Vaccine operations Central Provinces 1886-1899 - 1886-1899
Year: 1886
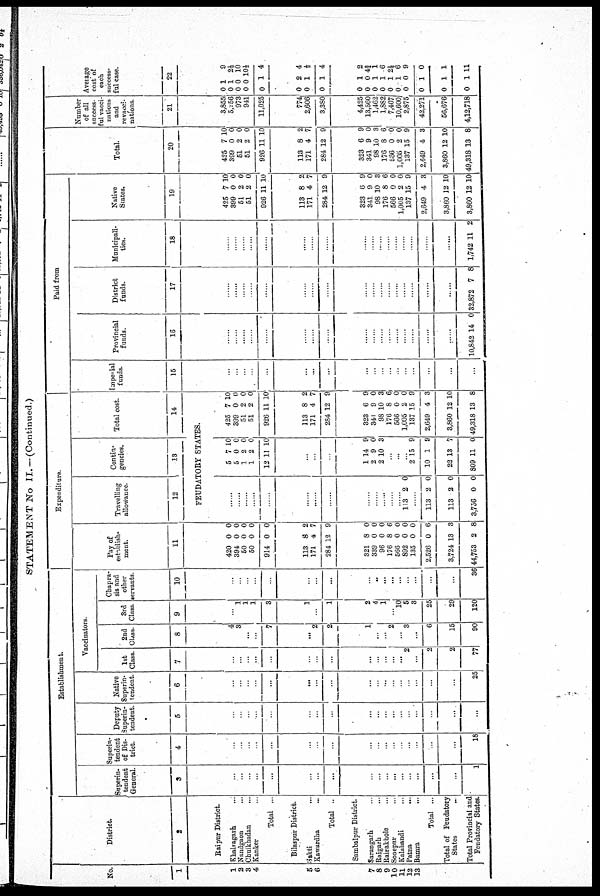
STATEMENT No II.— (Continued.)
No.
1
1
2 3
4
5
6
7
8
9
10
11
12
13
District.
2
Raipur District.
Khairagarh ...
Nandgaon ...
Chuikhadan
...
Kanker ...
Total ...
Bilaspur District.
Sakti ...
Kawardha
...
Total ..
Sambalpur District.
Sarangarh ...
Raigarh ...
Rairakhole ...
Sonepur ...
Kalahandi ...
Patna ...
Bamra ...
Total ...
Total of Feudatory
States
..
Total Provincial and
Feudatory States.
Establishment.
Superin-
tendent
General.
3
...
...
...
...
...
...
...
...
...
...
...
...
...
...
...
...
...
1
Superin-
tendent
of Dis-
trict.
4
...
...
...
...
...
...
...
...
...
...
...
...
...
...
...
...
...
18
Deputy
Superin-
tendent.
5
...
...
...
...
...
...
...
...
...
...
...
...
...
...
...
...
...
...
Native
Superin-
tendent.
6
...
...
...
...
...
...
...
...
...
...
...
...
...
...
...
...
...
25
Vaccinators.
1st
Class.
7
...
...
...
...
...
...
...
...
...
...
...
...
...
2
...
2
2
77
2nd
Class.
8
4
3
...
...
7
...
2
2
1
...
...
2
...
3
...
6
15
90
3rd
Class
9
...
1
1
1
3
1
...
1
2
4
1
...
10
5
3
25
29
120
Chapra¬
sis and
other
servants.
10
...
...
...
...
...
...
...
...
...
...
...
...
...
...
...
...
...
36
Expenditure.
Pay of
establish-
ment.
11
420
394
50
50
914
0
0
0
0
0
0
0
0
0
0
113
171
284
321
339
96
176
566
892
135
2,526
3,724
44,753
8
4
12
8
0
0
8
0
0
0
0
13
2
2
7
9
0
0
0
6
0
0
0
6
3
8
Travelling
allowance.
12
Contin-
gencies.
13
Total cost.
14
FEUDATORY STATES.
......
......
......
......
......
......
......
......
......
......
.....
.....
......
113 2 0
.....
113
113
3,756
2
2
0
0
0
0
5
5
1
1
12
7
0
2
2
11
10
0
0
0
10
...
...
...
1
2
2
14
9
10
9
0
3
...
...
...
2
10
22
809
15
1
13
11
9
9
7
0
425
399
51
51
926
7
0
2
2
11
10
0
0
0
10
113
171
284
8
4
12
2
7
9
323
341
98
176
566
1,005
137
2,649
3,860
49,318
6
9
10
8
0
2
15
4
12
13
9
0
3
6
0
0
9
3
10
8
Paid from
Imperial
funds.
15
...
...
...
...
...
...
...
...
...
...
...
...
...
...
...
...
...
...
Provincial
funds.
16
......
......
......
......
......
......
......
......
......
......
......
......
......
......
......
......
......
10,842 14 0
District
funds.
17
......
......
......
......
......
......
......
......
......
......
......
......
......
......
......
......
......
32,872 7 8
Municipali-
ties.
18
......
......
......
......
......
......
......
......
......
.....
......
......
.....
......
......
......
1,742 11 2
Native
States.
19
425
399
51
51
926
7
0
2
2
11
10
0
0
0
10
113
171
284
8
4
12
2
7
9
323
341
98
176
566
1,005
137
2,649
3,860
3,860
6
9
10
8
0
2
15
4
12
12
9
0
3
6
0
0
9
3
10
10
Total.
20
425
399
51
51
926
7
0
2
2
11
10
0
0
0
10
113
171
284
8
4
12
2
7
9
323
341
98
176
566
1,005
137
2,649
3,860
49,318
6
9
10
8
0
2
15
4
12
13
9
0
3
6
0
0
9
3
10
8
Number
of all
success-
ful vacci-
nations
and
revacci-
nations.
21
3,855
5,256
973
941
11,025
774
2,606
3,380
4,425
13,560
1,462
1,882
7,467
10,600
2,875
42,271
56,676
4,12,718
Average
cost of
each
success-
ful case.
22
0
0
0
0
0
1
1
0
0
1
9
2½
10
10½
4
0
0
0
2
1
1
4
½
4
0
0
0
0
0
0
0
0
0
0
1
0
1
1
1
1
0
1
1
1
2
4¾
1
6
1½
6
9
0
1
11